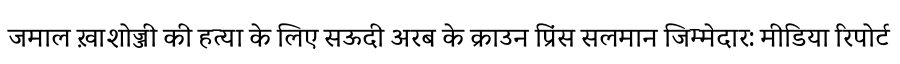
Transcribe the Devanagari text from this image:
जमाल ख़ाशोज्जी की हत्या के लिए सऊदी अरब के क्राउन प्रिंस सलमान जिम्मेदार: मीडिया रिपोर्ट